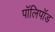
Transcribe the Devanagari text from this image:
पॉलिपॉड